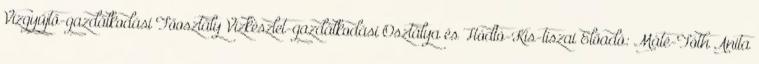
Vízgyűjtő-gazdálkodási Főosztály Vízkészlet-gazdálkodási Osztálya és Hódtó-Kis-tiszai Előadó: Máté-Tóth Anita